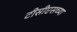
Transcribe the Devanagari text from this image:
टीसीएसच्या